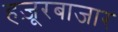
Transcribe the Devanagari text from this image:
हज़ूरबाजार